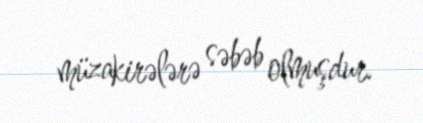
müzakirələrə səbəb olmuşdur.